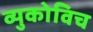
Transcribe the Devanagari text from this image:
व्युकोविच